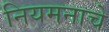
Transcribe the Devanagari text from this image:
नियमनाचे